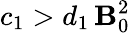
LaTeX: c_{1}>d_{1}\, {\mathbf B}_{0}^{2}